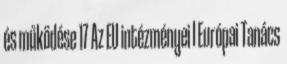
és működése 17 Az EU intézményei I Európai Tanács